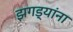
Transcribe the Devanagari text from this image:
झगड्यांना